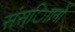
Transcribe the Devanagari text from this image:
संस्ािानों